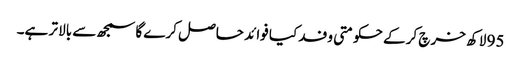
95 لاکھ خرچ کر کے حکومتی وفد کیا فوائد حاصل کرے گا سمجھ سے بالا تر ہے۔